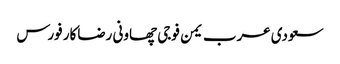
سعودی عرب یمن فوجی چھاونی رضاکار فورس